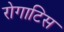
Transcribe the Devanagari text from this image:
रोगाटिस